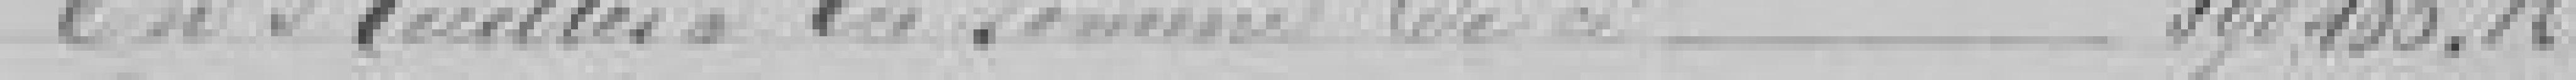
En recettes, à la somme de ci   598.105,16